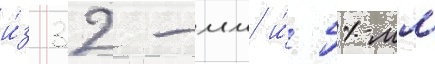
и́з 32-мм и́ 51-мм